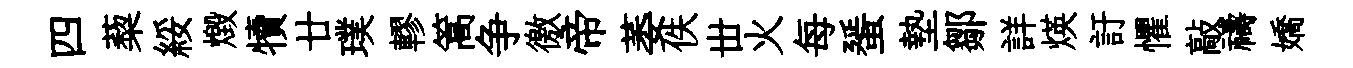
四蔾綏燬犢廿璞轇篙争徼帝萎佚丗火每蜑墊鄒詳煐訏懼敲禱嬌